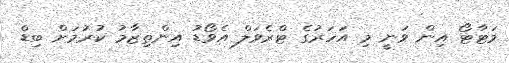
މަޓާޓޯ އިން ވަނީ މި އަހަރުގެ ޓްރެވަލް އެވޯޑު އިންތިޒާމު ކުރުމަށް ބިޑް